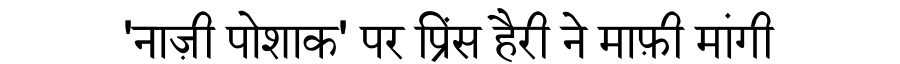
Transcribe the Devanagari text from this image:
'नाज़ी पोशाक' पर प्रिंस हैरी ने माफ़ी मांगी